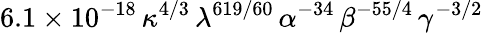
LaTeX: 6.1\times 10^{-18}\, \kappa^{4/3}\, \lambda^{619/60}\, \alpha^{-34}\, \beta^{-55/4}\, \gamma^{-3/2}